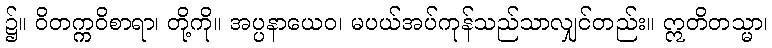
၌။ ဝိတက္ကဝိစာရာ၊ တို့ကို။ အပ္ပနာယေဝ၊ မပယ်အပ်ကုန်သည်သာလျှင်တည်း။ ဣတိတသ္မာ၊